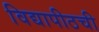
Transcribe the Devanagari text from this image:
विद्यापीठची